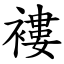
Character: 褸